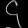
Digit: ၄